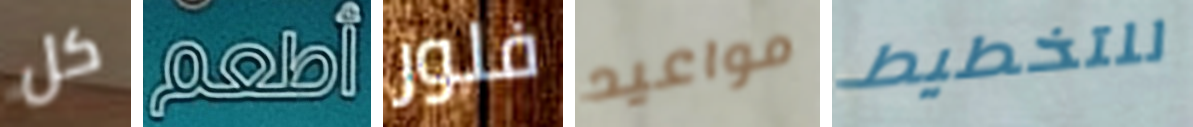
كل أطعم فلور مواعيد للتخطيط